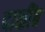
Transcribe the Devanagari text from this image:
दाळींब